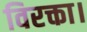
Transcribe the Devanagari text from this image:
विरक्ता।